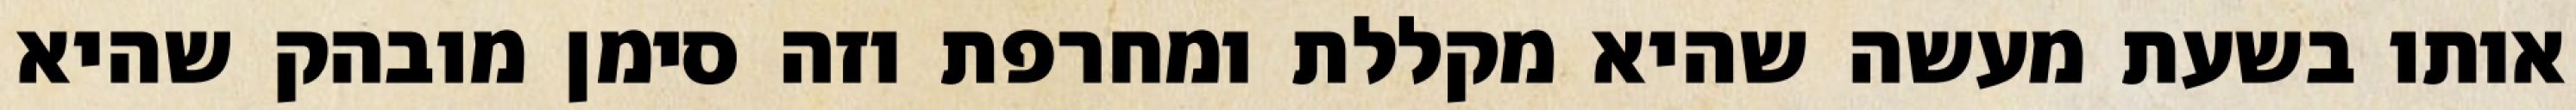
אותו בשעת מעשה שהיא מקללת ומחרפת וזה סימן מובהק שהיא